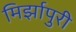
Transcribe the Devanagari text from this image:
मिर्झापुरी